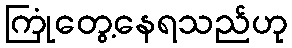
ကြုံတွေ့နေရသည်ဟု